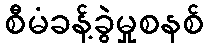
စီမံခန့်ခွဲမှုစနစ်